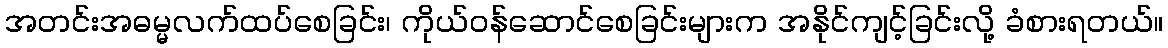
အတင်းအဓမ္မလက်ထပ်စေခြင်း၊ ကိုယ်ဝန်ဆောင်စေခြင်းများက အနိုင်ကျင့်ခြင်းလို့ ခံစားရတယ်။